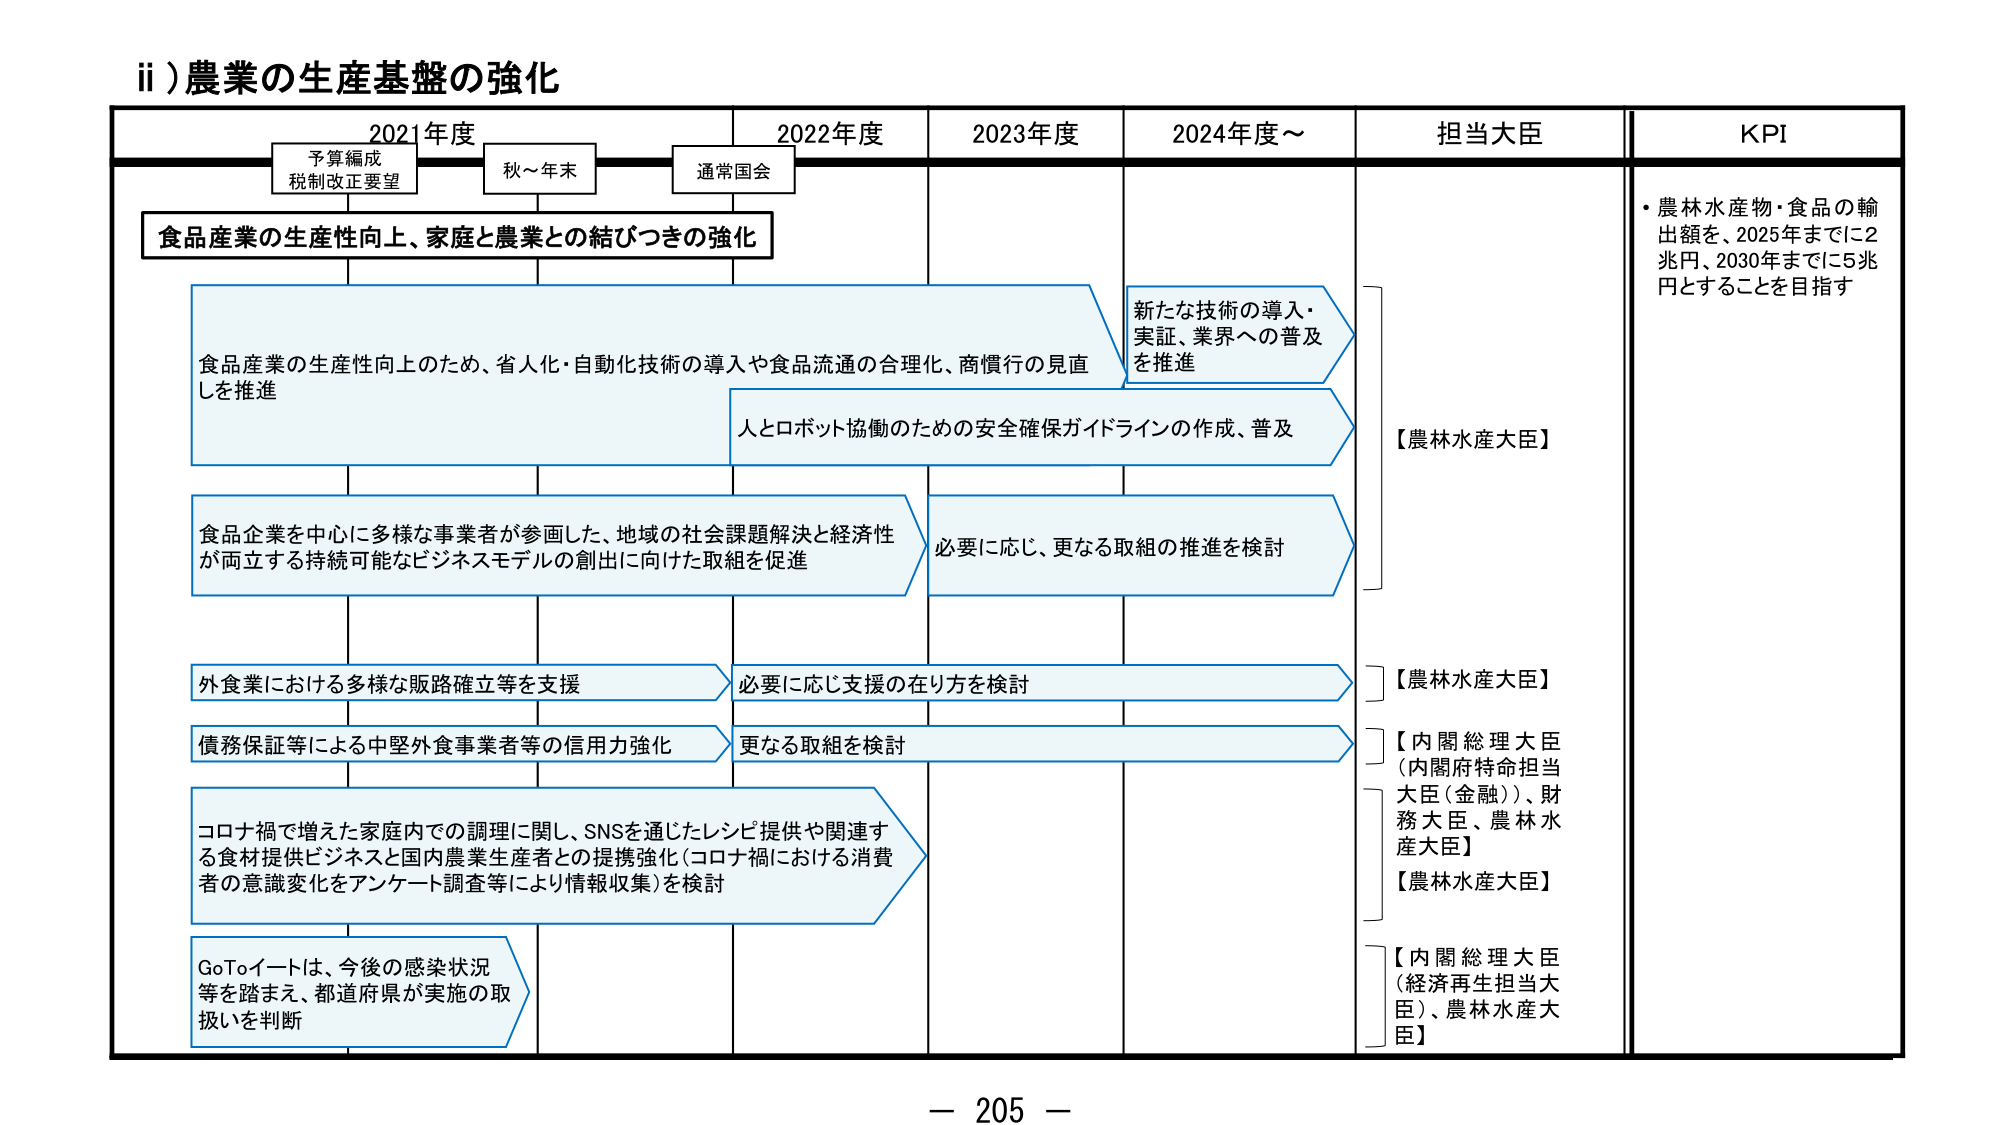
ii) 農業の生産基盤の強化

2021年度　　　　　2022年度　　　　　2023年度　　　　　2024年度～　　　　　担当大臣　　　　　KPI

予算編成